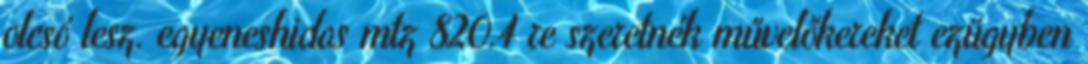
olcsó lesz. egyeneshidas mtz 820.4 re szeretnék művelőkereket ezügyben